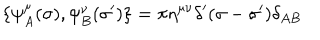
LaTeX: \{ \psi _ { A } ^ { \mu } ( \sigma ) , \psi _ { B } ^ { \nu } ( \sigma ^ { \prime } ) \} = \pi \eta ^ { \mu \nu } \delta ^ { \prime } ( \sigma - \sigma ^ { \prime } ) \delta _ { A B }